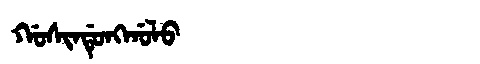
Manchu: ᡤᠣᠰᡳᠨᡩᡠᠩᡤᠣᠯᠣ
Romanization: GOSINDUNGGOLO